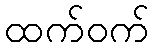
ထက်ဝက်